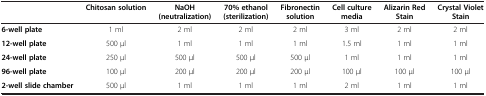
<table><thead><tr><td><b> </b></td><td><b>Chitosan solution</b></td><td><b>NaOH (neutralization)</b></td><td><b>70% ethanol (sterilization)</b></td><td><b>Fibronectin solution</b></td><td><b>Cell culture media</b></td><td><b>Alizarin Red Stain</b></td><td><b>Crystal Violet Stain</b></td></tr></thead><tbody><tr><td><b>6-well plate</b></td><td>1 ml</td><td>2 ml</td><td>2 ml</td><td>2 ml</td><td>3 ml</td><td>2 ml</td><td>2 ml</td></tr><tr><td><b>12-well plate</b></td><td>500 μl</td><td>1 ml</td><td>1 ml</td><td>1 ml</td><td>1.5 ml</td><td>1 ml</td><td>1 ml</td></tr><tr><td><b>24-well plate</b></td><td>250 μl</td><td>500 μl</td><td>500 μl</td><td>500 μl</td><td>1 ml</td><td>1 ml</td><td>1 ml</td></tr><tr><td><b>96-well plate</b></td><td>100 μl</td><td>200 μl</td><td>200 μl</td><td>200 μl</td><td>100 μl</td><td>100 μl</td><td>100 μl</td></tr><tr><td><b>2-well slide chamber</b></td><td>500 μl</td><td>1 ml</td><td>1 ml</td><td>1 ml</td><td>2 ml</td><td>1 ml</td><td>1 ml</td></tr></tbody></table>